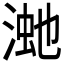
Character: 𣸚